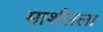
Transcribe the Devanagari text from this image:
मार्शलला